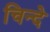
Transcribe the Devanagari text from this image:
चिन्दे